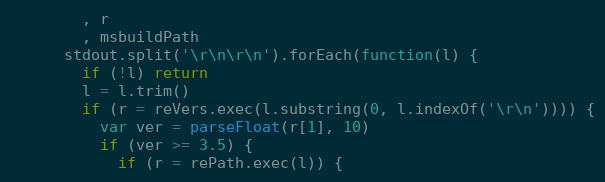
Language: JavaScript
        , r
        , msbuildPath
      stdout.split('\r\n\r\n').forEach(function(l) {
        if (!l) return
        l = l.trim()
        if (r = reVers.exec(l.substring(0, l.indexOf('\r\n')))) {
          var ver = parseFloat(r[1], 10)
          if (ver >= 3.5) {
            if (r = rePath.exec(l)) {